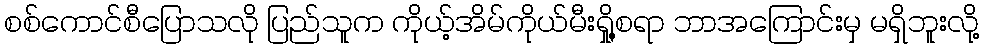
စစ်ကောင်စီပြောသလို ပြည်သူက ကိုယ့်အိမ်ကိုယ်မီးရှို့စရာ ဘာအကြောင်းမှ မရှိဘူးလို့